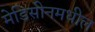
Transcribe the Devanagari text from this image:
मेडिसीनमधील